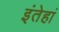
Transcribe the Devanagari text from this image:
इंतेहां